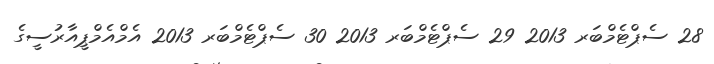
28 ސެޕްޓެމްބަރ 2013 29 ސެޕްޓެމްބަރ 2013 30 ސެޕްޓެމްބަރ 2013 އެމްއެމްޕީއާރުސީގެ